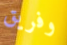
وفريق